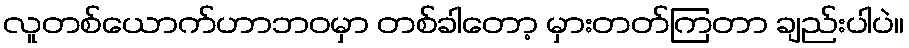
လူတစ်ယောက်ဟာဘဝမှာ တစ်ခါတော့ မှားတတ်ကြတာ ချည်းပါပဲ။